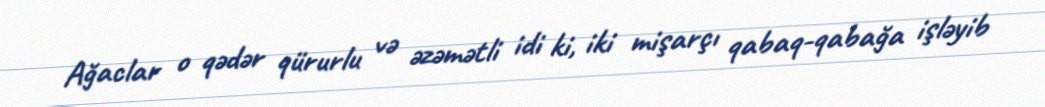
Ağaclar o qədər qürurlu və əzəmətli idi ki, iki mişarçı qabaq-qabağa işləyib